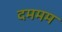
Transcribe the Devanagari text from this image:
दममम